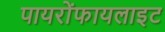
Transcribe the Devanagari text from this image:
पायरोंफायलाइट